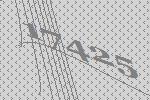
17425